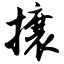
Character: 攘